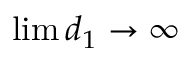
\operatorname* { l i m } d _ { 1 } \to \infty